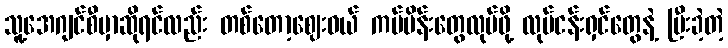
သူ့အေဂျင်စီမှာဆိုရင်လည်း တစ်တော့ဈေးဝယ် ကမ်ပိန်းတွေလုပ်ဖို့ လုပ်ငန်းရှင်တွေနဲ့ ပြီးခဲ့တဲ့